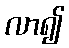
လာ၍